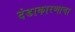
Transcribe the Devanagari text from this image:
दंडाकारणाचा